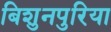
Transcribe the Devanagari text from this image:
बिशुनपुरिया